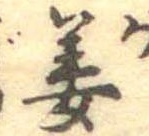
姜